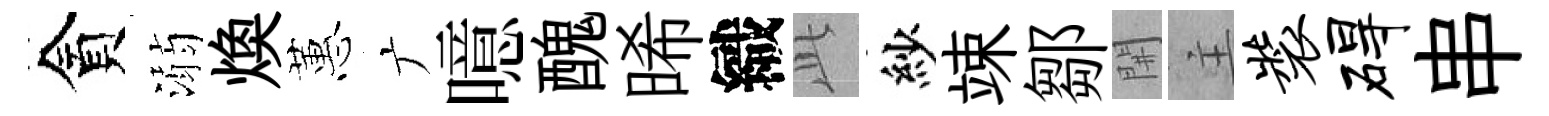
貪溺焕蕙广噫醜晞織𬼘紗竦鄒𨳩主装碍串